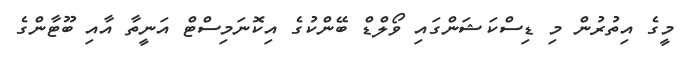
މީގެ އިތުރުން މި ޑިސްކަޝަންގައި ވޯލްޑް ބޭންކުގެ އިކޮނަމިސްޓް އަނީތާ އާއި ބޫޓާންގެ